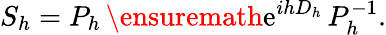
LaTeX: S_{h}=P_{h}\, \ensuremath{\mathrm{e}}^{ihD_{h}}\, P_{h}^{-1}.